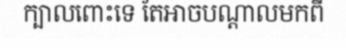
ក្បាលពោះទេ តែអាចបណ្តាលមកពី